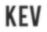
KEV